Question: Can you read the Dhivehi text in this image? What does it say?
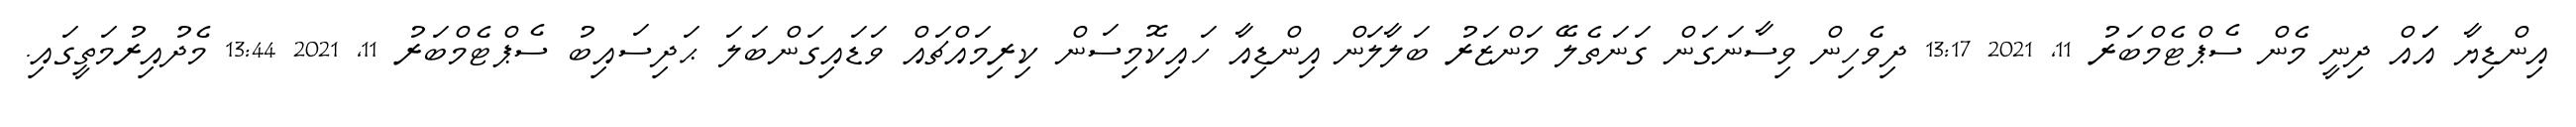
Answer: އިންޑިޔާ އަައް ދިނީ މެން ސެޕްޓެމްބަރު 11, 2021 13:17 ދިވެހިން ވިސާނަގަން ގަނަތެލޭ މަންޒަރު ބަލާލަން އިންޑިއާ ހައިކޮމިސަން ކިރިމައްޗައް ވަޑައިގަންބަލަ ޙަދިސައިބު ސެޕްޓެމްބަރު 11, 2021 13:44 މެދުއިރުމަތީގައި.